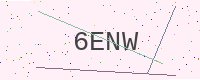
Text: 6ENW